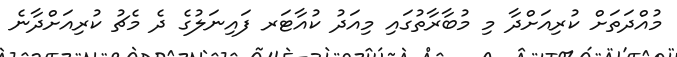
މުއްދަތަށް ކުރިއަށްދާ މި މުބާރާތުގައި މިއަދު ކުއާޓަރ ފައިނަލުގެ ދެ މެޗު ކުރިއަށްދާނެ